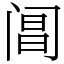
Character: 阊